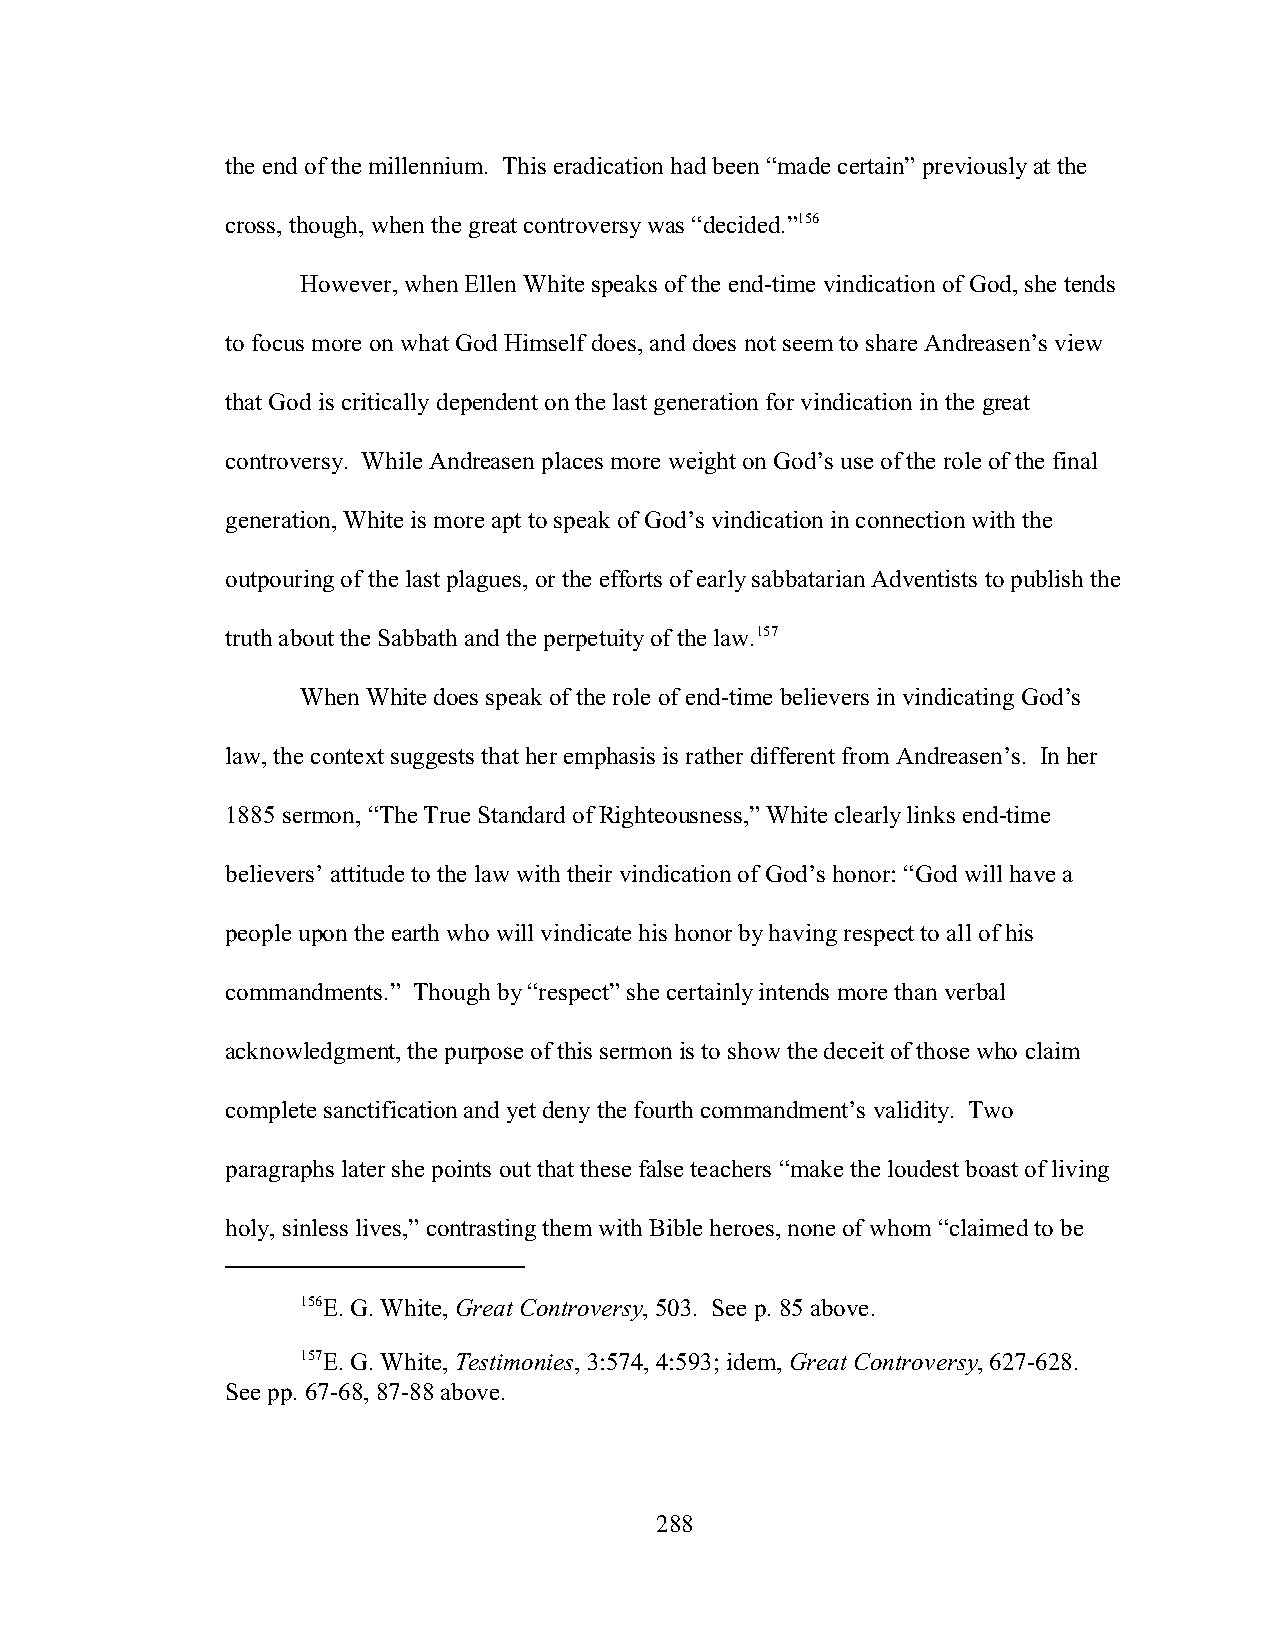
the end of the millennium. This eradication had been “made certain” previously at the
 cross, though, when the great controversy was “decided.”156
 However, when Ellen White speaks of the end-time vindication of God, she tends
 to focus more on what God Himself does, and does not seem to share Andreasen’s view
 that God is critically dependent on the last generation for vindication in the great
 controversy. While Andreasen places more weight on God’s use of the role of the final
 generation, White is more apt to speak of God’s vindication in connection with the
 outpouring of the last plagues, or the efforts of early sabbatarian Adventists to publish the
 truth about the Sabbath and the perpetuity of the law.157
 When White does speak of the role of end-time believers in vindicating God’s
 law, the context suggests that her emphasis is rather different from Andreasen’s. In her
 1885 sermon, “The True Standard of Righteousness,” White clearly links end-time
 believers’ attitude to the law with their vindication of God’s honor: “God will have a
 people upon the earth who will vindicate his honor by having respect to all of his
 commandments.” Though by “respect” she certainly intends more than verbal
 acknowledgment, the purpose of this sermon is to show the deceit of those who claim
 complete sanctification and yet deny the fourth commandment’s validity. Two
 paragraphs later she points out that these false teachers “make the loudest boast of living
 holy, sinless lives,” contrasting them with Bible heroes, none of whom “claimed to be
 156E. G. White, Great Controversy, 503. See p. 85 above.
 157E. G. White, Testimonies, 3:574, 4:593; idem, Great Controversy, 627-628.
 See pp. 67-68, 87-88 above.
 288